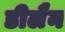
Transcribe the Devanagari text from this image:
डीलैन